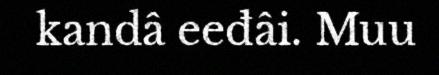
kandâ eeđâi. Muu